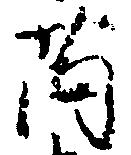
薗